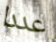
عددا